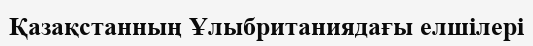
Қазақстанның Ұлыбританиядағы елшілері